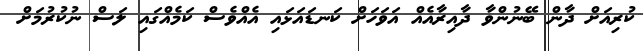
ކުރިއަށް ދާން ބޭނުންވާ ދާއިރާއެއް އަވަހަށް ކަނޑައަޅައި އެއްވެސް ކަމެއްގައި ލަސް ނުކުރުމަށް